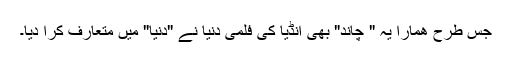
جس طرح ھمارا یہ " چاند" بھی انڈیا کی فلمی دنیا نے "دنیا" میں متعارف کرا دیا۔